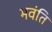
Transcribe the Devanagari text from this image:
भवंति